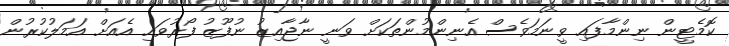
ކޮމެޓީން ނިންމާފައި ވީނަމަވެސް އެނިންމުންތަކަށް ވަނީ ނާޖާއިޒު ނުފޫޒު ފޯރުވައި އެއަށް އަމަލުކުރުން